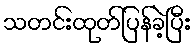
သတင်းထုတ်ပြန်ခဲ့ပြီး